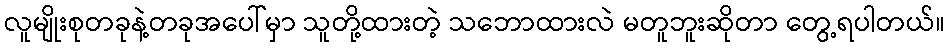
လူမျိုးစုတခုနဲ့တခုအပေါ်မှာ သူတို့ထားတဲ့ သဘောထားလဲ မတူဘူးဆိုတာ တွေ့ရပါတယ်။